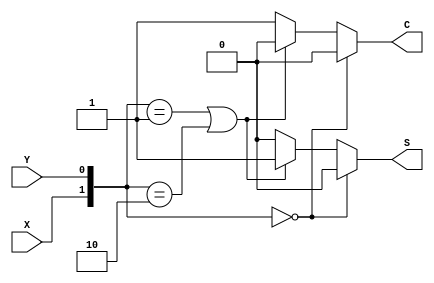
module HALF_ADDER(X, Y, S, C);
    input X, Y;
    output S, C;

    reg S, C;

    always @(X or Y)
        if ({X, Y} == 2'b00)
            begin
                S = 1'b0;
                C = 1'b0;
            end
        else if (({X, Y} == 2'b01) | ({X, Y} == 2'b10))
            begin
                S = 1'b1;
                C = 1'b0;
            end
        else
            begin
                S = 1'b0;
                C = 1'b1;
            end
endmodule